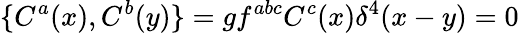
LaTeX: \{ C^{a}(x),C^{b}(y)\} =gf^{abc}C^{c}(x)\delta^{4}(x-y)=0